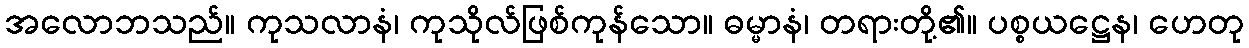
အလောဘသည်။ ကုသလာနံ၊ ကုသိုလ်ဖြစ်ကုန်သော။ ဓမ္မာနံ၊ တရားတို့၏။ ပစ္စယဋ္ဌေန၊ ဟေတု